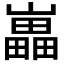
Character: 𡾋